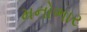
મનોભાર